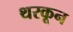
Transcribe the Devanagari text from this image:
थरकून